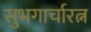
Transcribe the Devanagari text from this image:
सुभगार्चारत्न